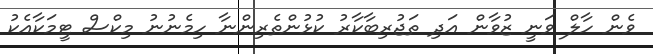
ވެން ހާލް ވަނީ ޒުވާން އަދި ތަޖުރިބާކާރު ކުޅުންތެރިންނާ ހިމެނުނު މިކްސް ޓީމަކާއެކު